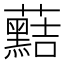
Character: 䕸